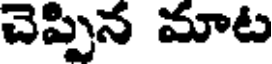
చెప్పిన మాట